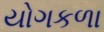
યોગકળા